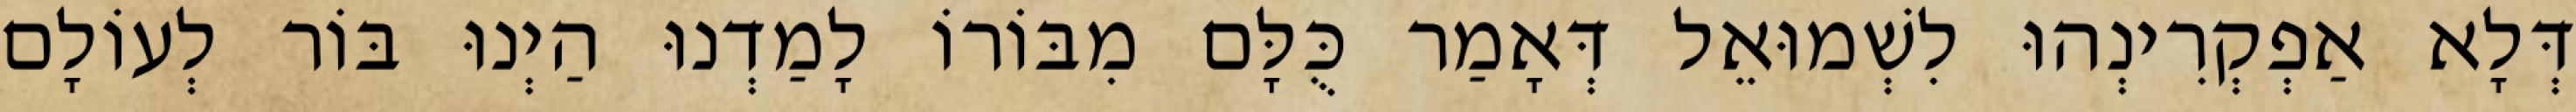
דְּלָא אַפְקְרִינְהוּ לִשְׁמוּאֵל דְּאָמַר כֻּלָּם מִבּוֹרוֹ לָמַדְנוּ הַיְנוּ בּוֹר לְעוֹלָם